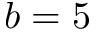
b = 5